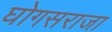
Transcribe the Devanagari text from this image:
घोगसराजा